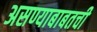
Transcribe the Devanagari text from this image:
असण्याबाबतची